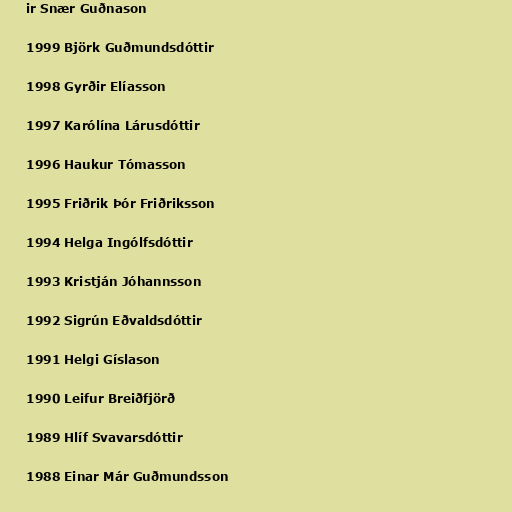
ir Snær Guðnason

1999 Björk Guðmundsdóttir

1998 Gyrðir Elíasson

1997 Karólína Lárusdóttir

1996 Haukur Tómasson

1995 Friðrik Þór Friðriksson

1994 Helga Ingólfsdóttir

1993 Kristján Jóhannsson

1992 Sigrún Eðvaldsdóttir

1991 Helgi Gíslason

1990 Leifur Breiðfjörð

1989 Hlíf Svavarsdóttir

1988 Einar Már Guðmundsson